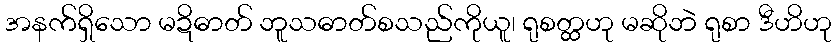
အနက်ရှိသော မဍိဓာတ် ဘူသဓာတ်စသည်ကိုယူ၊ ရုစတ္ထဟု မဆိုဘဲ ရုစာ ဒီဟိဟု